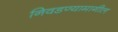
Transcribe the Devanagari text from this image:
निवडण्यामागील